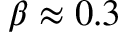
\beta \approx 0 . 3